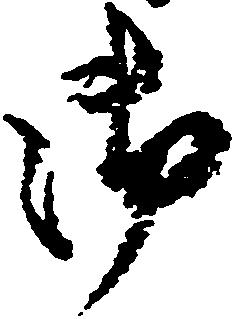
御